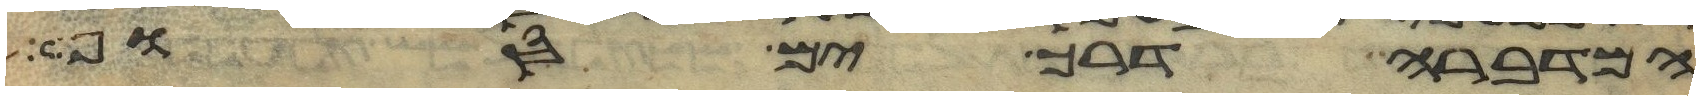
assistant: המדברה דרך ים סוף